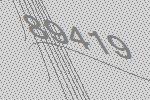
89419